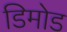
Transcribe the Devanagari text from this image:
डिमोड